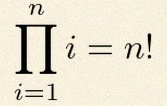
\prod_{i=1}^{n}i=n!